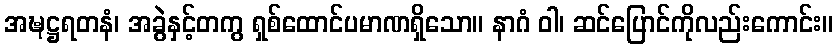
အဍ္ဎဋ္ဌရတနံ၊ အခွဲနှင့်တကွ ရှစ်ထောင်ပမာဏရှိသော။ နာဂံ ဝါ၊ ဆင်ပြောင်ကိုလည်းကောင်း။